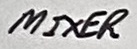
Text: MIXER